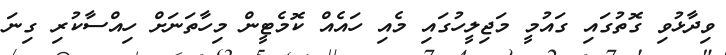
ވިދާޅުވި ގޮތުގައި ގައުމީ މަޖިލީހުގައި މެއި ހައެއް ކޮމެޓީން މިހާތަނަށް ހިއްސާކުރި ގިނަ